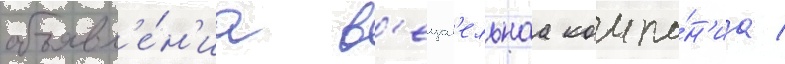
объявл'е́н'иа в'ещат'ельнаа компа́н'иа /